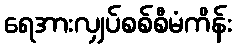
ရေအားလျှပ်စစ်စီမံကိန်း